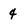
Character: 4